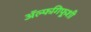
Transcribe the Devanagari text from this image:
ॲल्फगिफूशी